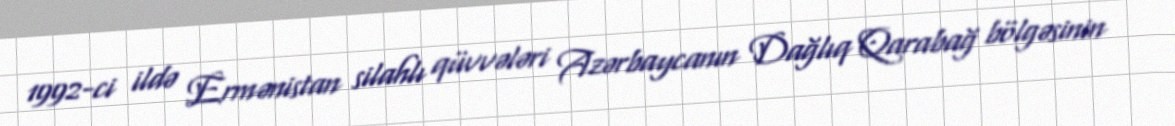
1992-ci ildə Ermənistan silahlı qüvvələri Azərbaycanın Dağlıq Qarabağ bölgəsinin